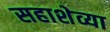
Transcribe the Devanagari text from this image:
सहाशेव्या